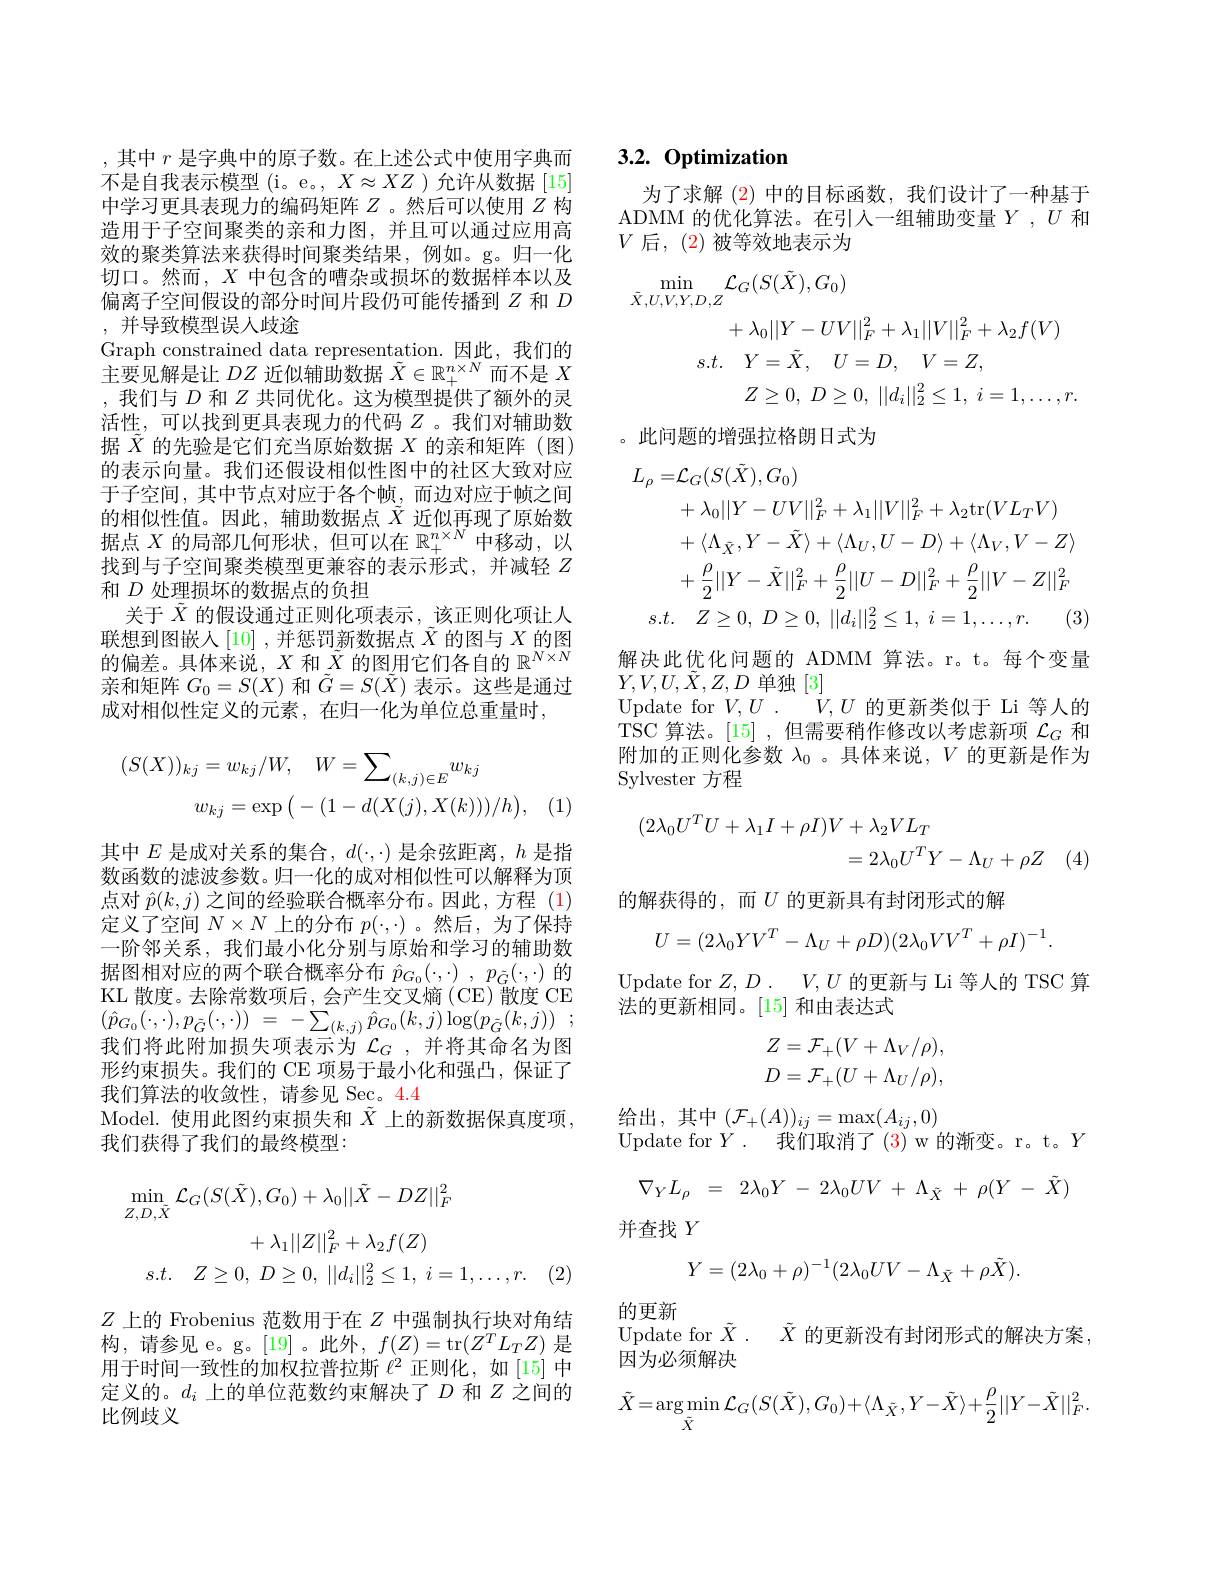
,其中$r$是字典中的原子数。在上述公式中使用字典而不是自我表示模型(i。e。, $X\approx XZ$ )允许从数据 [15] 中学习更具表现力的编码矩阵$Z$ 。然后可以使用$Z$构造用于子空间聚类的亲和力图，并且可以通过应用高效的聚类算法来获得时间聚类结果，例如。g。归一化切口。然而，$X$中包含的嘈杂或损坏的数据样本以及偏离子空间假设的部分时间片段仍可能传播到$Z$ 和 $D$ , 并导致模型误人歧途
Graph constrained data representation.因此，我们的$\hat{\text{主要见解是让 }DZ\text{ 近似辅助数据 }\tilde{X}}\in\mathbb{R}_+^{n\times N}$而不是 $X$ ,我们与$D$和$Z$共同优化。这为模型提供了额外的灵活性，可以找到更具表现力的代码$Z$ 。我们对辅助数据$\tilde{X}$的先验是它们充当原始数据$X$的亲和矩阵(图) 的表示向量。我们还假设相似性图中的社区大致对应于子空间，其中节点对应于各个帧，而边对应于帧之间的相似性值。因此，辅助数据点$\tilde{\tilde{X}}$ 近似再现了原始数据点$X$的局部几何形状，但可以在$\mathbb{R}_+^{n\times N}$中移动，以找到与子空间聚类模型更兼容的表示形式，并减轻$Z$ 和$D$处理损坏的数据点的负担
关于$\tilde{X}$的假设通过正则化项表示，该正则化项让人联想到图嵌人[10] ,并惩罚新数据点$\tilde{X}$的图与$X$的图机 心 均 区 的 人 [ 10] , 个 心 可 则 如 旧 点 的 偏 差 。具 体 来 说 , $X$ 和 $\tilde{X}$ 的 图 用 它 们 各 自 的 $\mathbb{R} ^{N\times N}$ 立 和 矩 阵 $G( \mathbf{v} )$ 和 $\tilde{C}$ $G( \mathbf{v} )$ 中 $\tilde{C}$ $G( \mathbf{v} )$ $\pm$ 中 此 目 还 计亲和矩阵$G_0=S(X)$和$\tilde{G}=S(\tilde{X})$表示。这些是通过成对相似性定义的元素，在归一化为单位总重量时，
$$(S(X))_{kj}=w_{kj}/W,\quad W=\sum_{(k,j)\in E}w_{kj}\\w_{kj}=\exp\big(-(1-d(X(j),X(k)))/h\big),$$
其中$E$是成对关系的集合，$d(\cdot,\cdot)$是余弦距离，$h$是指数函数的滤波参数。归一化的成对相似性可以解释为顶点对$\hat{p}(k,j)$之间的经验联合概率分布。因此，方程 (1) 定义了空间$N\times N$上的分布$p(\cdot,\cdot)$ 。然后，为了保持一阶邻关系，我们最小化分别与原始和学习的辅助数据图相对应的两个联合概率分布$\hat{p} _{G_0}( \cdot , \cdot )$ , $p_{\tilde{G} }( \cdot , \cdot )$的KL 散度。去除常数项后，会产生交叉熵 (CE) 散度 CE $\left ( \hat{p} _{G_{0}}( \cdot , \cdot ) , p_{\tilde{G} }( \cdot , \cdot ) \right )$ = $- \sum _{( k, j) }\hat{p} _{G_{0}}( k, j) \log ( p_{\tilde{G} }( k, j) )$ ; 我们将此附加损失项表示为$\mathcal{L}_G,\bar\text{并将其命名为图}$ 形约束损失。我们的 CE 项易于最小化和强凸，保证了我们算法的收敛性，请参见 Sec。4.4
Model.使用此图约束损失和$\tilde{X}$上的新数据保真度项，
我们获得了我们的最终模型：
$$\min_{Z,D,\tilde{X}}\mathcal{L}_{G}(S(\tilde{X}),G_{0})+\lambda_{0}||\tilde{X}-DZ||_{F}^{2}\\+\lambda_{1}||Z||_{F}^{2}+\lambda_{2}f(Z)\\s.t.\quad Z\geq0,\:D\geq0,\:||d_{i}||_{2}^{2}\leq1,\:i=1,\ldots,r.$$
$Z$上的 Frobenius 范数用于在$Z$中强制执行块对角结构，请参见 e。g。[19]。此外，$f(Z)=$tr$(Z^TL_TZ)$是用于时间一致性的加权拉普拉斯$\ell^2$正则化，如[15]中定义的。$d_i$ 上的单位范数约束解决了$D$ 和$Z$ 之间的比例歧义

## $3. 2. \textbf{Optimization}$

为了求解(2)中的目标函数，我们设计了一种基于ADMM 的优化算法。在引人一组辅助变量$Y,U$和$V$后，(2)被等效地表示为
$$\begin{aligned}\operatorname*{min}_{\tilde{X},U,V,Y,D,Z}\mathcal{L}_{G}(S(\tilde{X}),G_{0})\\&+\lambda_{0}||Y-UV||_{F}^{2}+\lambda_{1}||V||_{F}^{2}+\lambda_{2}f(V)\\s.t.&Y=\tilde{X},\quad U=D,\quad V=Z,\\&Z\geq0,\:D\geq0,\:||d_{i}||_{2}^{2}\leq1,\:i=1,\ldots,r.\end{aligned}$$
。此问题的增强拉格朗日式为
$$\begin{aligned}L_{\rho}=&\mathcal{L}_{G}(S(\bar{X}),G_{0})\\&+\lambda_{0}||Y-UV||_{F}^{2}+\lambda_{1}||V||_{F}^{2}+\lambda_{2}\mathrm{tr}(VL_{T}V)\\&+\langle\Lambda_{\tilde{X}},Y-\tilde{X}\rangle+\langle\Lambda_{U},U-D\rangle+\langle\Lambda_{V},V-Z\rangle\\&+\frac{\rho}{2}||Y-\tilde{X}||_{F}^{2}+\frac{\rho}{2}||U-D||_{F}^{2}+\frac{\rho}{2}||V-Z||_{F}^{2}\\s.t.&Z\geq0,\:D\geq0,\:||d_{i}||_{2}^{2}\leq1,\:i=1,\ldots,r.\quad(3\end{aligned}$$
解决此优化问题的 ADMM 算法。r。t。每个变量
$Y,V,U,\tilde{X},Z,D$单独[3]
Update for $V, U$ . $V, U$的更新类似于 Li 等人的TSC 算法。[15] ,但需要稍作修改以考虑新项$\mathcal{L}_G$和附加的正则化参数$\lambda_0$ 。具体来说，$V$的更新是作为Sylvester 方程
$$\begin{aligned}(2\lambda_0U^TU+\lambda_1I+\rho I)V&+\lambda_2VL_T\\&=2\lambda_0U^TY-\Lambda_U+\rho Z\end{aligned}$$
的解获得的，而$U$ 的更新具有封闭形式的解
$$U=(2\lambda_0YV^T-\Lambda_U+\rho D)(2\lambda_0VV^T+\rho I)^{-1}.$$
Update for $Z, D.$ $V, U$的更新与 Li 等人的 TSC 算
法的更新相同。[15] 和由表达式
$$\begin{array}{l}Z=\mathcal{F}_+(V+\Lambda_V/\rho),\\D=\mathcal{F}_+(U+\Lambda_U/\rho),\end{array}$$
给出，其中$(\mathcal{F}_+(A))_{ij}=\max(A_{ij},0)$
Update for $Y.$ $\dot{\text{我 们 取 消 了 ( 3) w的 渐 变 。 r。 t。 }} Y$
$$\nabla_{Y}L_{\rho}\:=\:2\lambda_{0}Y\:-\:2\lambda_{0}UV\:+\:\Lambda_{\tilde{X}}\:+\:\rho(Y\:-\:\tilde{X})$$
并查找$Y$
$$Y=(2\lambda_0+\rho)^{-1}(2\lambda_0UV-\Lambda_{\tilde{X}}+\rho\tilde{X}).$$
的更新
Update for $\tilde{X}$ . $\tilde{X}$的更新没有封闭形式的解决方案
因为必须解决
$$\tilde{X}=\arg\min_{\tilde{X}}\mathcal{L}_{G}(S(\tilde{X}),G_{0})+\langle\Lambda_{\tilde{X}},Y-\tilde{X}\rangle+\frac{\rho}{2}||Y-\tilde{X}||_{F}^{2}.$$